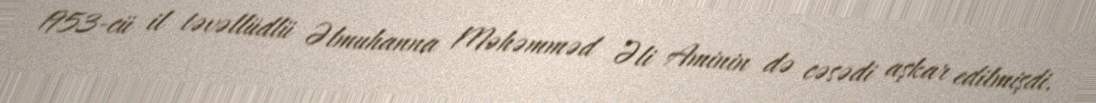
1953-cü il təvəllüdlü Əlmuhanna Məhəmməd Əli Aminin də cəsədi aşkar edilmişdi.